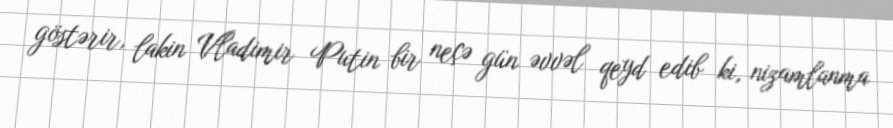
göstərir, lakin Vladimir Putin bir neçə gün əvvəl qeyd edib ki, nizamlanma